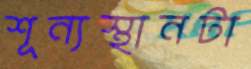
শূন্যস্থানটা